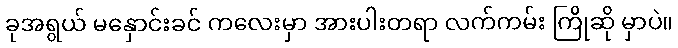
ခုအရွယ် မနှောင်းခင် ကလေးမှာ အားပါးတရာ လက်ကမ်း ကြိုဆို မှာပဲ။